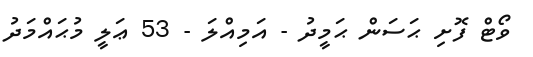
ވޯޓް ފޮށި ޙަސަން ޙަމީދު - އަމިއްލަ - 53 ޢަލީ މުޙައްމަދު